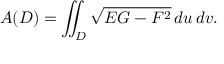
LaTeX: A ( D ) = \iint _ { D } { \sqrt { E G - F ^ { 2 } } } \, d u \, d v .